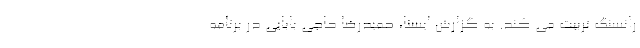
رانسنگ تربیت می کند. به گزارش ایسنا، حمیدرضا حاجی بابایی در برنامه